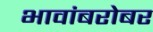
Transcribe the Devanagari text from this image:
भावांबरोबर